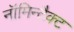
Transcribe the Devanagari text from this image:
नॉमिन्टैक्ट